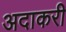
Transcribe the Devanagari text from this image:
अदाकरी